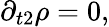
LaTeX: {\partial_{t2}}\rho=0,